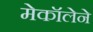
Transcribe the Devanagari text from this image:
मेकॉलेने